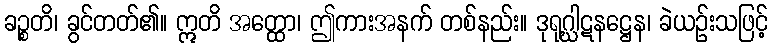
ခဉ္စတိ၊ ခွင်တတ်၏။ ဣတိ အတ္ထော၊ ဤကားအနက် တစ်နည်း။ ဒုရုဂ္ဃါဋနဋ္ဌေန၊ ခဲယဉ်းသဖြင့်